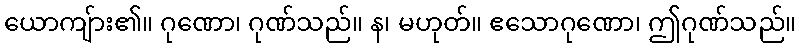
ယောကျ်ား၏။ ဂုဏော၊ ဂုဏ်သည်။ န၊ မဟုတ်။ ဧသောဂုဏော၊ ဤဂုဏ်သည်။